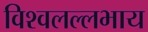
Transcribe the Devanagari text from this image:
विश्वलल्लभाय